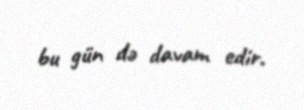
bu gün də davam edir.